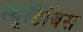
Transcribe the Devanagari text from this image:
स्यूडिबिस